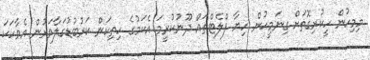
މިމިހުން ހީކުރިގޮތަށް ގިނަމީހުން ހިޔާ ފްލެޓްތައް ދޫނުކުރީމަ އެކަމުގެ ހިތިކަން ކަރުބުޑުގަލާވަރުން އެވާހަކަ